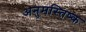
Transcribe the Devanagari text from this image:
अनुमस्तिष्‍क